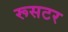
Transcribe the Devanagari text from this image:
रूसटर